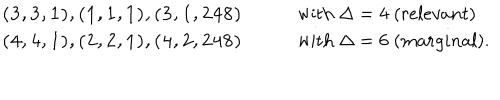
\begin{array} { l l } { { { \bf ( 3 , 3 , 1 ) , ( 1 , 1 , 1 ) , ( 3 , 1 , 2 4 8 ) } \qquad } } & { { \mathrm { w i t h } \; \Delta = 4 \; ( r e l e v a n t ) } } \\ { { { \bf ( 4 , 4 , 1 ) , ( 2 , 2 , 1 ) , ( 4 , 2 , 2 4 8 ) } \qquad } } & { { \mathrm { w i t h } \; \Delta = 6 \; ( m a r g i n a l ) . } } \\ \end{array}